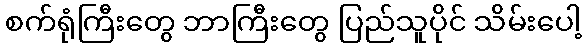
စက်ရုံကြီးတွေ ဘာကြီးတွေ ပြည်သူပိုင် သိမ်းပေါ့